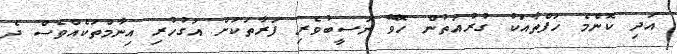
އަދި ކޮންމެ ހަފްތާއަކު ގުރުއަތުން ހޮވޭ ނަސީބުވެރި ފަރާތަކަށް އަގުހުރި އިނާމްތަކެއްވެސް ދެ